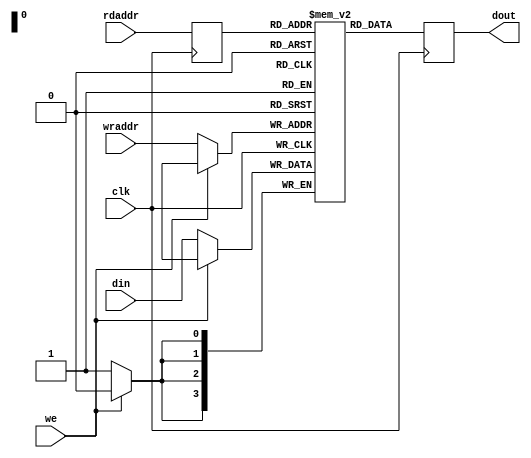
//-------------------------------------------------------------------------
//
// Title        :
//              :
// Purpose      : RAM behavioral model
//
// ----------------------------------------------------------------------
// Revision History :
// ----------------------------------------------------------------------
//   Ver  :| Author   :| Mod. Date   :| Changes Made:
//   v1.0  | JTC      :| 2008/07/02  :|
// ----------------------------------------------------------------------
`timescale 1ns/10ps

module ldpc_ram_behav #(
  parameter WIDTH     = 4,
  parameter LOG2DEPTH = 4
)(
  input                clk,
  input                we,
  input[WIDTH-1:0]     din,
  input[LOG2DEPTH-1:0] wraddr,
  input[LOG2DEPTH-1:0] rdaddr,
  output[WIDTH-1:0]    dout
);

reg[WIDTH-1:0]     storage[0:2**LOG2DEPTH -1];
reg[LOG2DEPTH-1:0] addr_del;
reg[WIDTH-1:0]     dout_int;

assign dout = dout_int;

always @( posedge clk )
begin
  if( !we )
    storage[wraddr] <= din;
  
  addr_del <= rdaddr;
  
  dout_int <= storage[addr_del];
end

endmodule